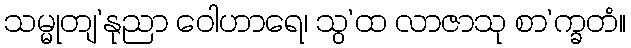
သမ္မုတျ’နုညာ ဝေါဟာရေ၊ သွ’ထ လာဇာသု စာ’က္ခတံ။